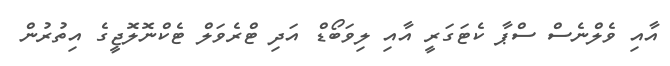
އާއި ވެލްނެސް ސްޕާ ކެޓަގަރީ އާއި ލިވަބޯޑް އަދި ޓްރެވަލް ޓެކްނޮލޮޖީގެ އިތުރުން